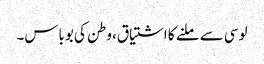
لوسی سے ملنے کا اشتیاق، وطن کی بوباس۔